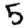
Digit: 5